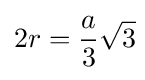
2r={\frac {a}{3}}{\sqrt {3}}\!